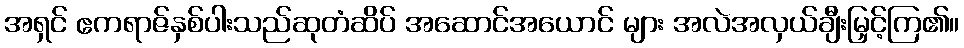
အရှင် ဧကရာဇ်နှစ်ပါးသည်ဆုတံဆိပ် အဆောင်အယောင် များ အလဲအလှယ်ချီးမြှင့်ကြ၏။